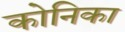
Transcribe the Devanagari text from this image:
कोनिका